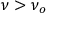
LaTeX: \nu > \nu _ { o }